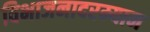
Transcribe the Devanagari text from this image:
विभाजनादरम्यान